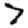
Digit: 7